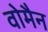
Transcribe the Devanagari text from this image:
वोमैन